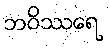
ဘဝိဿရေ